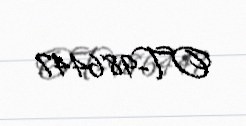
OT-986447